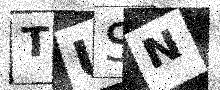
Text: TUSN